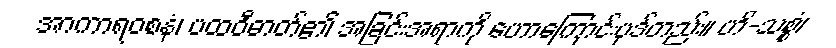
အာကာရဝစနံ၊ ပထဝီဓာတ်၏ အခြင်းအရာကို ဟောကြောင်းပုဒ်တည်း။ ဟိ-သစ္စံ၊